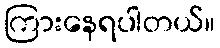
ကြားနေရပါတယ်။